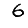
Digit: 6